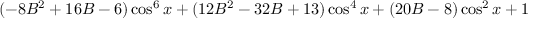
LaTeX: ( - 8 B ^ { 2 } + 1 6 B - 6 ) \cos ^ { 6 } x + ( 1 2 B ^ { 2 } - 3 2 B + 1 3 ) \cos ^ { 4 } x + ( 2 0 B - 8 ) \cos ^ { 2 } x + 1